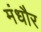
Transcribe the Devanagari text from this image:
मंधौर